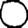
Digit: 0